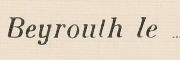
Beyrouth le